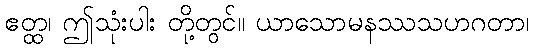
ဧတ္ထ၊ ဤသုံးပါး တို့တွင်။ ယာသောမနဿသဟဂတာ၊